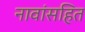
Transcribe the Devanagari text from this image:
नावांसहित